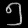
Digit: ၅